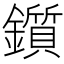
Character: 鑕